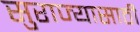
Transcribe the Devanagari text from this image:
सुराज्यासाठी